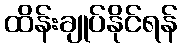
ထိန်းချုပ်နိုင်ရန်